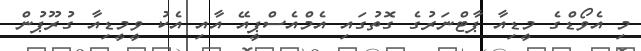
މި އެވޯޑްގެ މީޑިއާ ޕާޓްނަރުގެ ގޮތުގައި އެމްއެސްޕީއޭ އާއި އެކު ވީމީޑިއާ ގުރޫޕުން